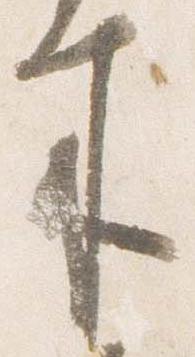
来